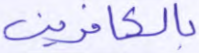
بالكافرين